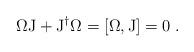
LaTeX: \begin{align*}\Omega\mathrm{J}+\mathrm{J}^\dag{\Omega}=[\Omega,\mathrm{J}]=0\;.\end{align*}